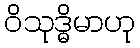
ဝိသုဒ္ဓိမာဟု